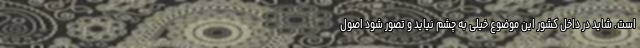
است. شاید در داخل کشور این موضوع خیلی به چشم نیاید و تصور شود اصول